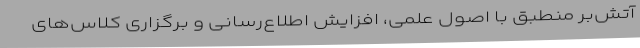
آتش‌بُر منطبق با اصول علمی، افزایش اطلاع‌رسانی و برگزاری کلاس‌های